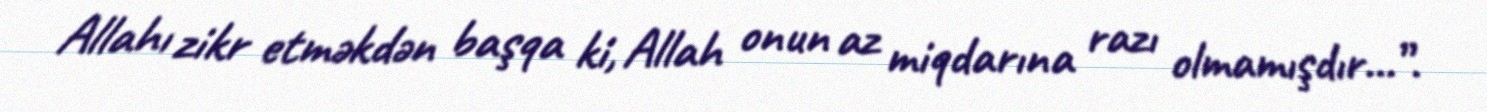
Allahı zikr etməkdən başqa ki, Allah onun az miqdarına razı olmamışdır...”.